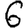
Digit: 6